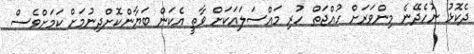
ދެކޮޅު ނުހެދޭނެ މިންވަރަށް ހުއްޖަތް ހުރި މައްސަލައަކަށް ވާތީ އެކަން ބަޔާންކޮށްދިނުމަށް ކަމަށްވެސް